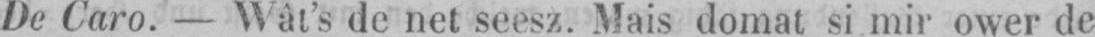
De Caro. - Wât’s de net seesz. Mais domat si mir ower de